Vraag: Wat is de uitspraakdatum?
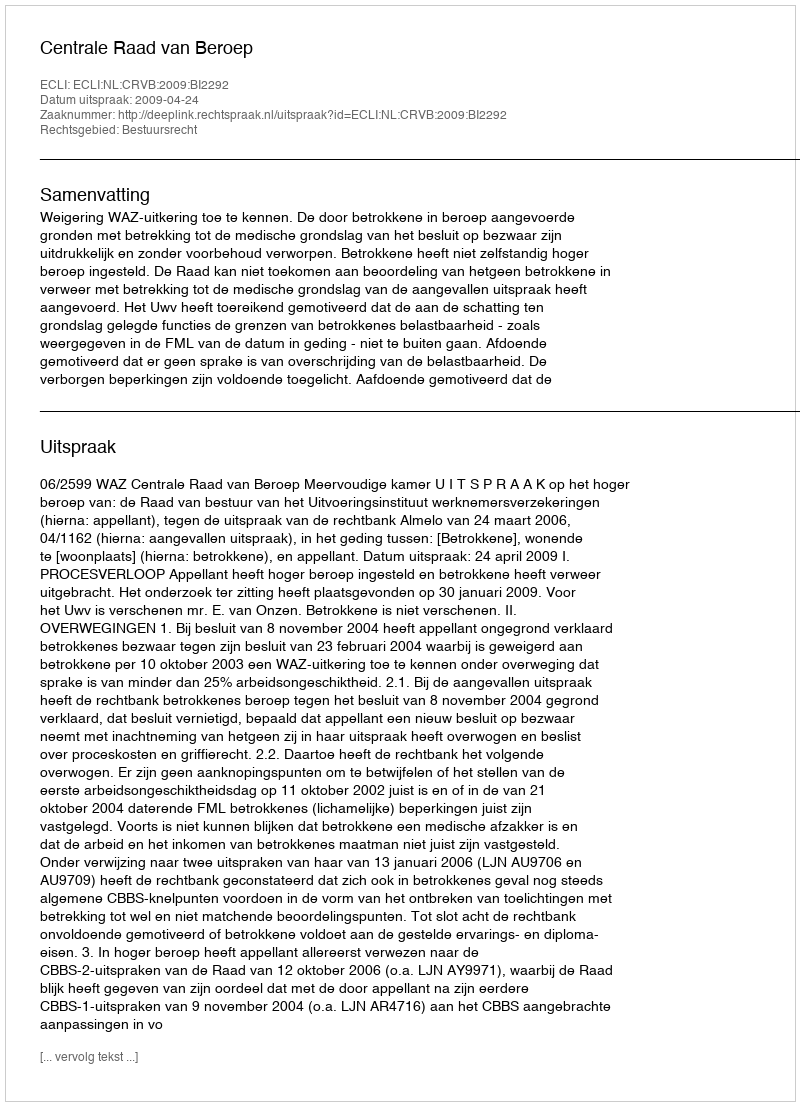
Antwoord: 2009-04-24